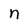
Character: n